Papers set at the Examination for Leaving Certificates, 1894
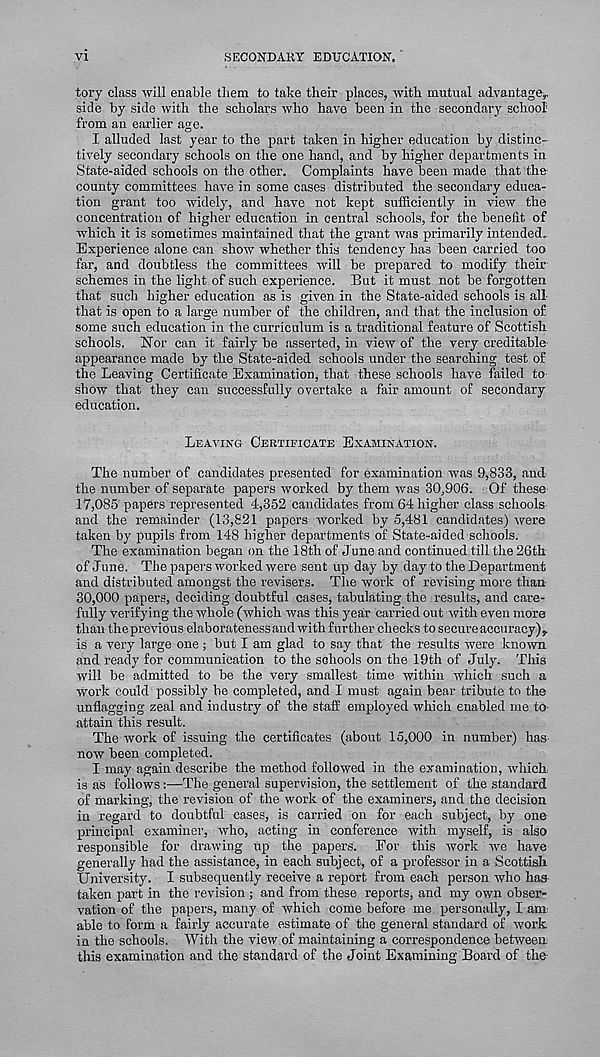
VI
SECONDAKY EDUCATION.
tory class will enable them to take their places, with mutual advantage,,
side by side with the scholars who have been in the secondary school
from an earlier age.
I alluded last year to the part taken in higher education by distinc-
tively secondary schools on the one hand, and by higher departments in
State-aided schools on the other. Complaints have been made that the-
county committees have in some cases distributed the secondary educa-
tion grant too widely, and have not kept sufficiently in view the
concentration of higher education in central schools, for the benefit of
-which it is sometimes maintained that the grant was primarily intended..
Experience alone can show whether this tendency has been carried too
far, and doubtless the committees will be prepared to modify their
schemes in the light of such experience. But it must not be forgotten
that such higher education as is given in the State-aided schools is all
that is open to a large number of the children, and that the inclusion of
some such education in the curriculum is a traditional feature of Scottish
schools. Nor can it fairly be asserted, in view of the very creditable
appearance made by the State-aided schools under the searching test of
the Leaving Certificate Examination, that these schools have failed to
show that they can successfully overtake a fair amount of secondary
education.
LEAVING CERTIFICATE EXAMINATION.
The number of candidates presented for examination was 9,833, and
the number of separate papers worked by them was 30,906. Of these
1.7,085 papers represented 4,352 candidates from 64 higher class schools-
and the remainder (13,821 papers worked by 5,481 candidates) were
taken by pupils from 148 higher departments of State-aided schools.
The examination began on the 18th of June and continued till the 26th
of June. The papers worked were sent up day by day to the Department
and distributed amongst the revisers. The work of revising more than
30,000 papers, deciding doubtful cases, tabulating the results, and care-
fully verifying the whole (which was this year carried out with even more
than theprevious elaboratenessand with further checks to secure accuracy)^
is a very large one; but I am glad to say that the results were known
and ready for communication to the schools on the 19th of July. This
will be admitted to be the very smallest time within which such a
work could possibly be completed, and I must again bear tribute to the
unflagging zeal and industry of the staff employed which enabled me to-
attain this result.
The work of issuing the certificates (about 15,000 in number) has
now been completed.
I may again describe the method followed in the examination, which
is as follows :—The general supervision, the settlement of the standard
of marking, the revision of the work of the examiners, and the decision
in regard to doubtful cases, is carried on for each subject, by one
principal examiner, who, acting in conference with myself, is also
responsible for drawing up the papers. For this work we have
generally had the assistance, in each subject, of a professor in a Scottish
University. I subsequently receive a report from each person who hag
taken part in the revision ; and from these reports, and my own obser-
vation of the papers, many of which come before me personally, I am:
able to form a fairly accurate estimate of the general standard of work
in the schools. With the view of maintaining a correspondence between
this examination and the standard of the Joint Examining Board of the-